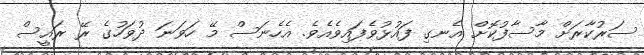
ސަރުކާރަށް މާސާފުކޮށް އެނގި ފައުޅުވެފައިވެއެވެ. އެހެނަސް މޭ ހަވަނަ ދުވަހުގެ ރޭ ރައީސް